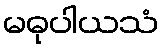
မဓုပါယသံ